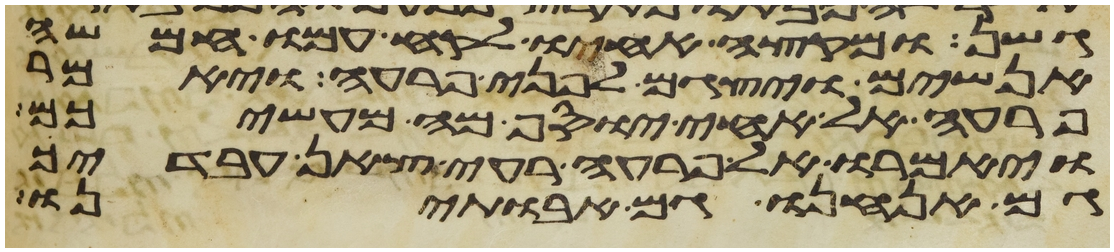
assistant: גשן ומקצה אחיו לקח עמו חמשה
אנשים ויצגם לפני פרעה ויאמר
פרעה אל אחי יוסף מה מעשיכם
ויאמרו אל פרעה רעי צאן עבדיך
גם אנחנו גם אבתינו